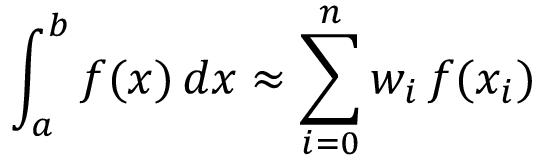
\int _ { a } ^ { b } f ( x ) \, d x \approx \sum _ { i = 0 } ^ { n } w _ { i } \, f ( x _ { i } )